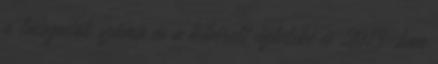
a látogatók száma és a kibérelt üzleteké is 2013-ban